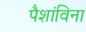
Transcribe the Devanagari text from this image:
पैशांविना